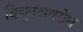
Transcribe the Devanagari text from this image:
विद्युतअवरोध